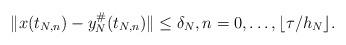
LaTeX: \begin{align*}\|x(t_{N,n})-y_N^\#(t_{N,n})\|\le\delta_N, n=0,\ldots,\lfloor \tau/h_N\rfloor. \end{align*}